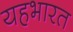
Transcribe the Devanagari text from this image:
यहभारत